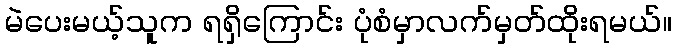
မဲပေးမယ့်သူက ရရှိကြောင်း ပုံစံမှာလက်မှတ်ထိုးရမယ်။